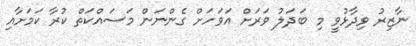
ނާޒިރު ވިދާޅުވީ މި ބަދަލު ވަރަށް އަވަހަށް ގެންނަން މަސައްކަތް ކުރާ ކަމަށާއި